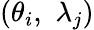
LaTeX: ({\theta_{i}},\, \, {\lambda_{j}})